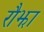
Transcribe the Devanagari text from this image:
रौझा